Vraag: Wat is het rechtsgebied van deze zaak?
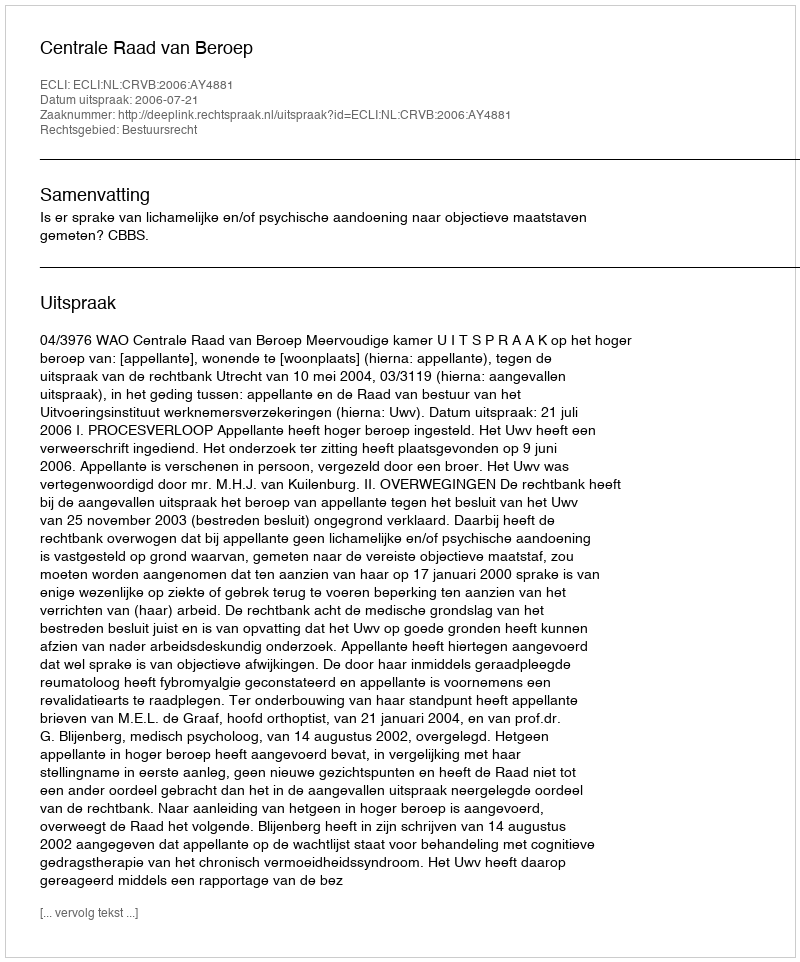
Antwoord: Bestuursrecht